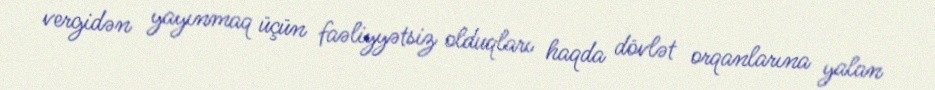
vergidən yayınmaq üçün faəliyyətsiz olduqları haqda dövlət orqanlarına yalan